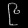
Digit: ၉